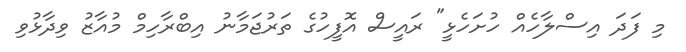
މި ފަދަ އިސްލާހެއް ހުށަހެޅީ" ރައީސް އޮފީހުގެ ތަރުޖަމާނު އިބްރާހިމް މުއާޒު ވިދާޅުވި